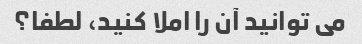
می توانید آن را املا کنید، لطفا؟